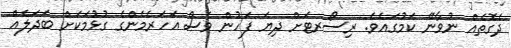
ދެގޮތެއް ނުވާނޭ ކަމުގައެވެ. ރިސޯރޓަށް ދިޔަ ފަހުން ވެސް އަހަރެމެންގެ ގުޅުމަކަށް ބަދަލެއް